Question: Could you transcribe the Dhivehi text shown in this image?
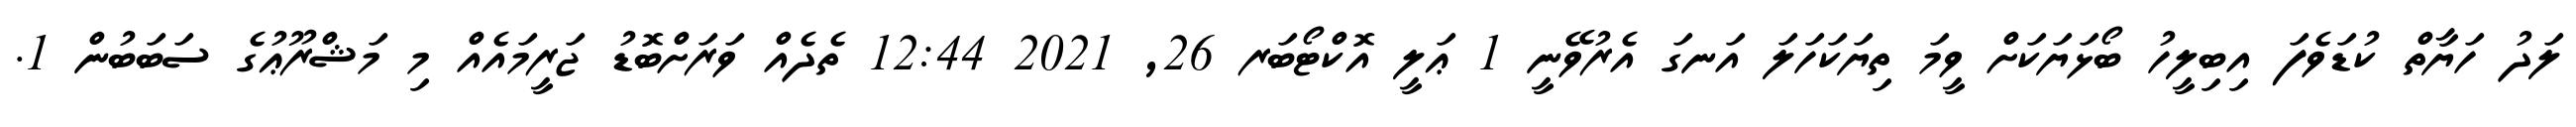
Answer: ލަދު ހަޔާތް ކުޑަވެފަ އިބިލީހު ބޯޅަޔަކަށް ވީމަ ތިޔަކަހަލަ އަނގަ އެރުވޭނީ 1 ޢަލީ އޮކްޓޯބަރ 26, 2021 12:44 ތެދެއް ވަރަށްބޮޑު ޖަރީމައެއް މި މަޝްރޫޢުގެ ސަބަބުން 1.